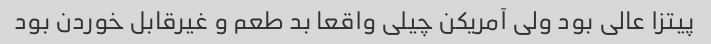
پیتزا عالی بود ولی آمریکن چیلی واقعا بد طعم و غیرقابل خوردن بود